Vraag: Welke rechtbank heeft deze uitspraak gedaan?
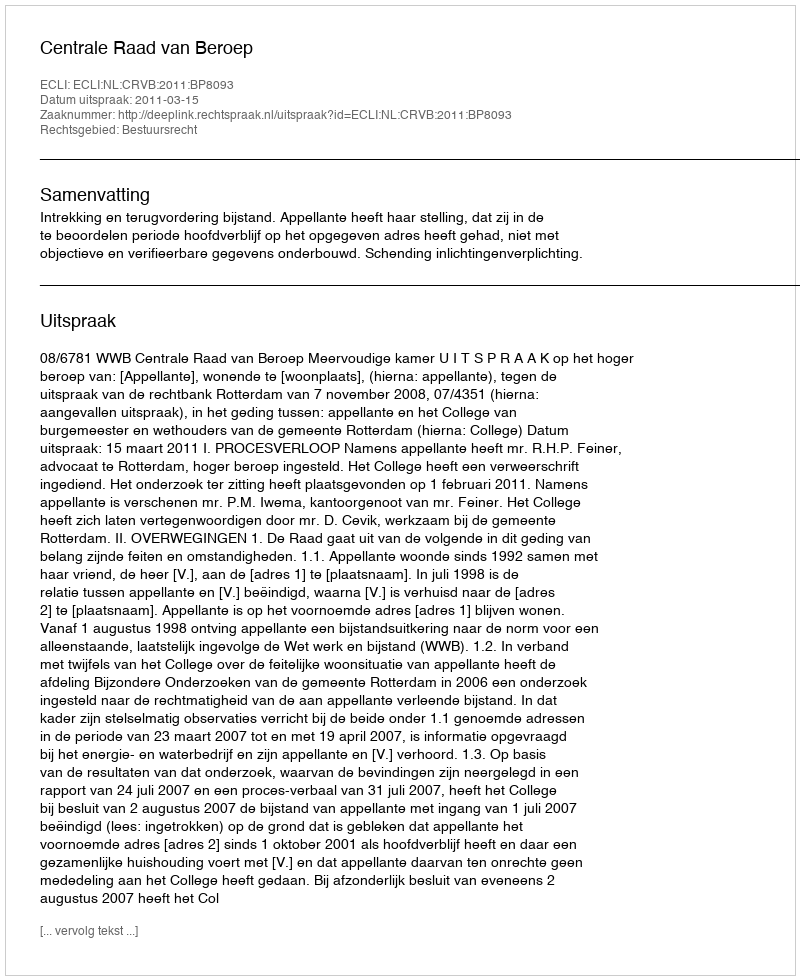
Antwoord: Centrale Raad van Beroep